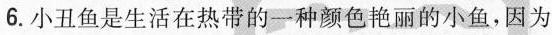
6.小丑鱼是生活在热带的一种颜色艳丽的小鱼，因为